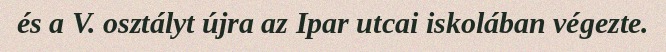
és a V. osztályt újra az Ipar utcai iskolában végezte.